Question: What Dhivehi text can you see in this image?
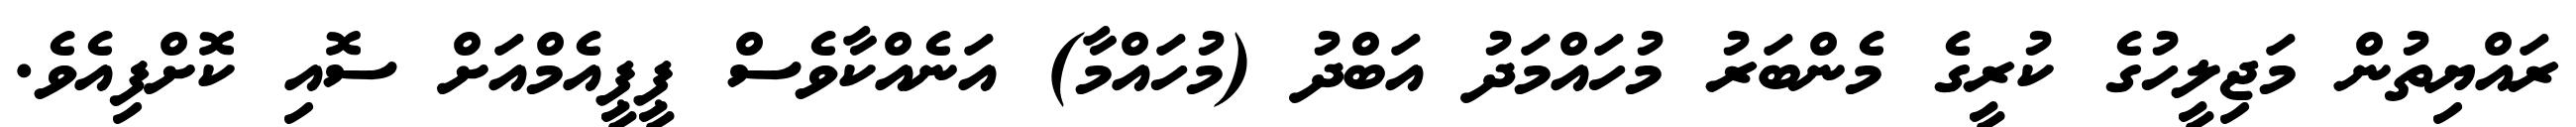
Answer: ރައްޔިތުން މަޖިލީހުގެ ކުރީގެ މެންބަރު މުހައްމަދު އަބްދު (މުހައްމާ) އަނެއްކާވެސް ޕީޕީއެމްއަށް ސޮއި ކޮށްފިއެވެ.